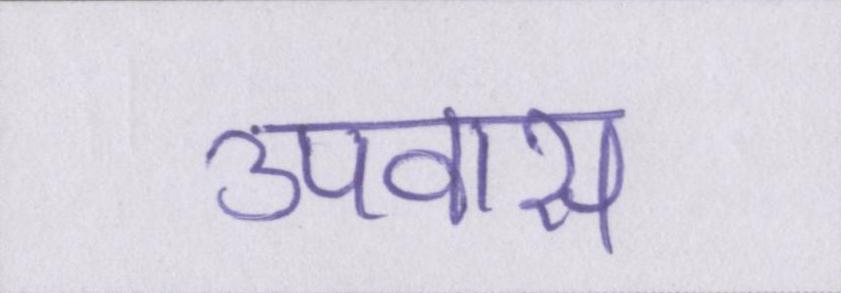
उपवास